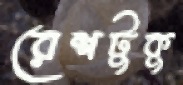
রেশটুকু